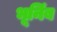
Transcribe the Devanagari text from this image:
भूनिंब